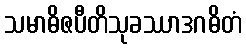
သမာဓိဇပီတိသုခဿာဒဂဓိတံ